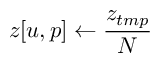
z [ u , p ] \gets \frac { z _ { t m p } } { N }